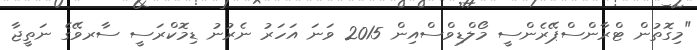
"މިގޮތުން ޓްރާންސްޕޭރެންސީ މޯލްޑިވްސްއިން 2015 ވަނަ އަހަރު ނެރުނު ޑިމޮކްރަސީ ސާރވޭގެ ނަތީޖާ